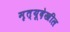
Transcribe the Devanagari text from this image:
मृत्यूदेखील